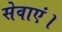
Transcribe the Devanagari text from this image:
सेवाएं।